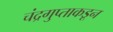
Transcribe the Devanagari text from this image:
चंद्रगुप्ताकडून